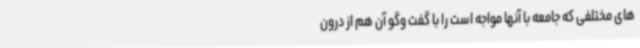
های مختلفی که جامعه با آنها مواجه است را با گفت وگو آن هم از درون